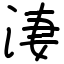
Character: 淒